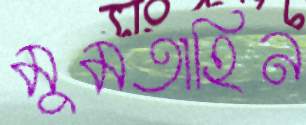
মুমতাহিন